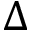
\Delta